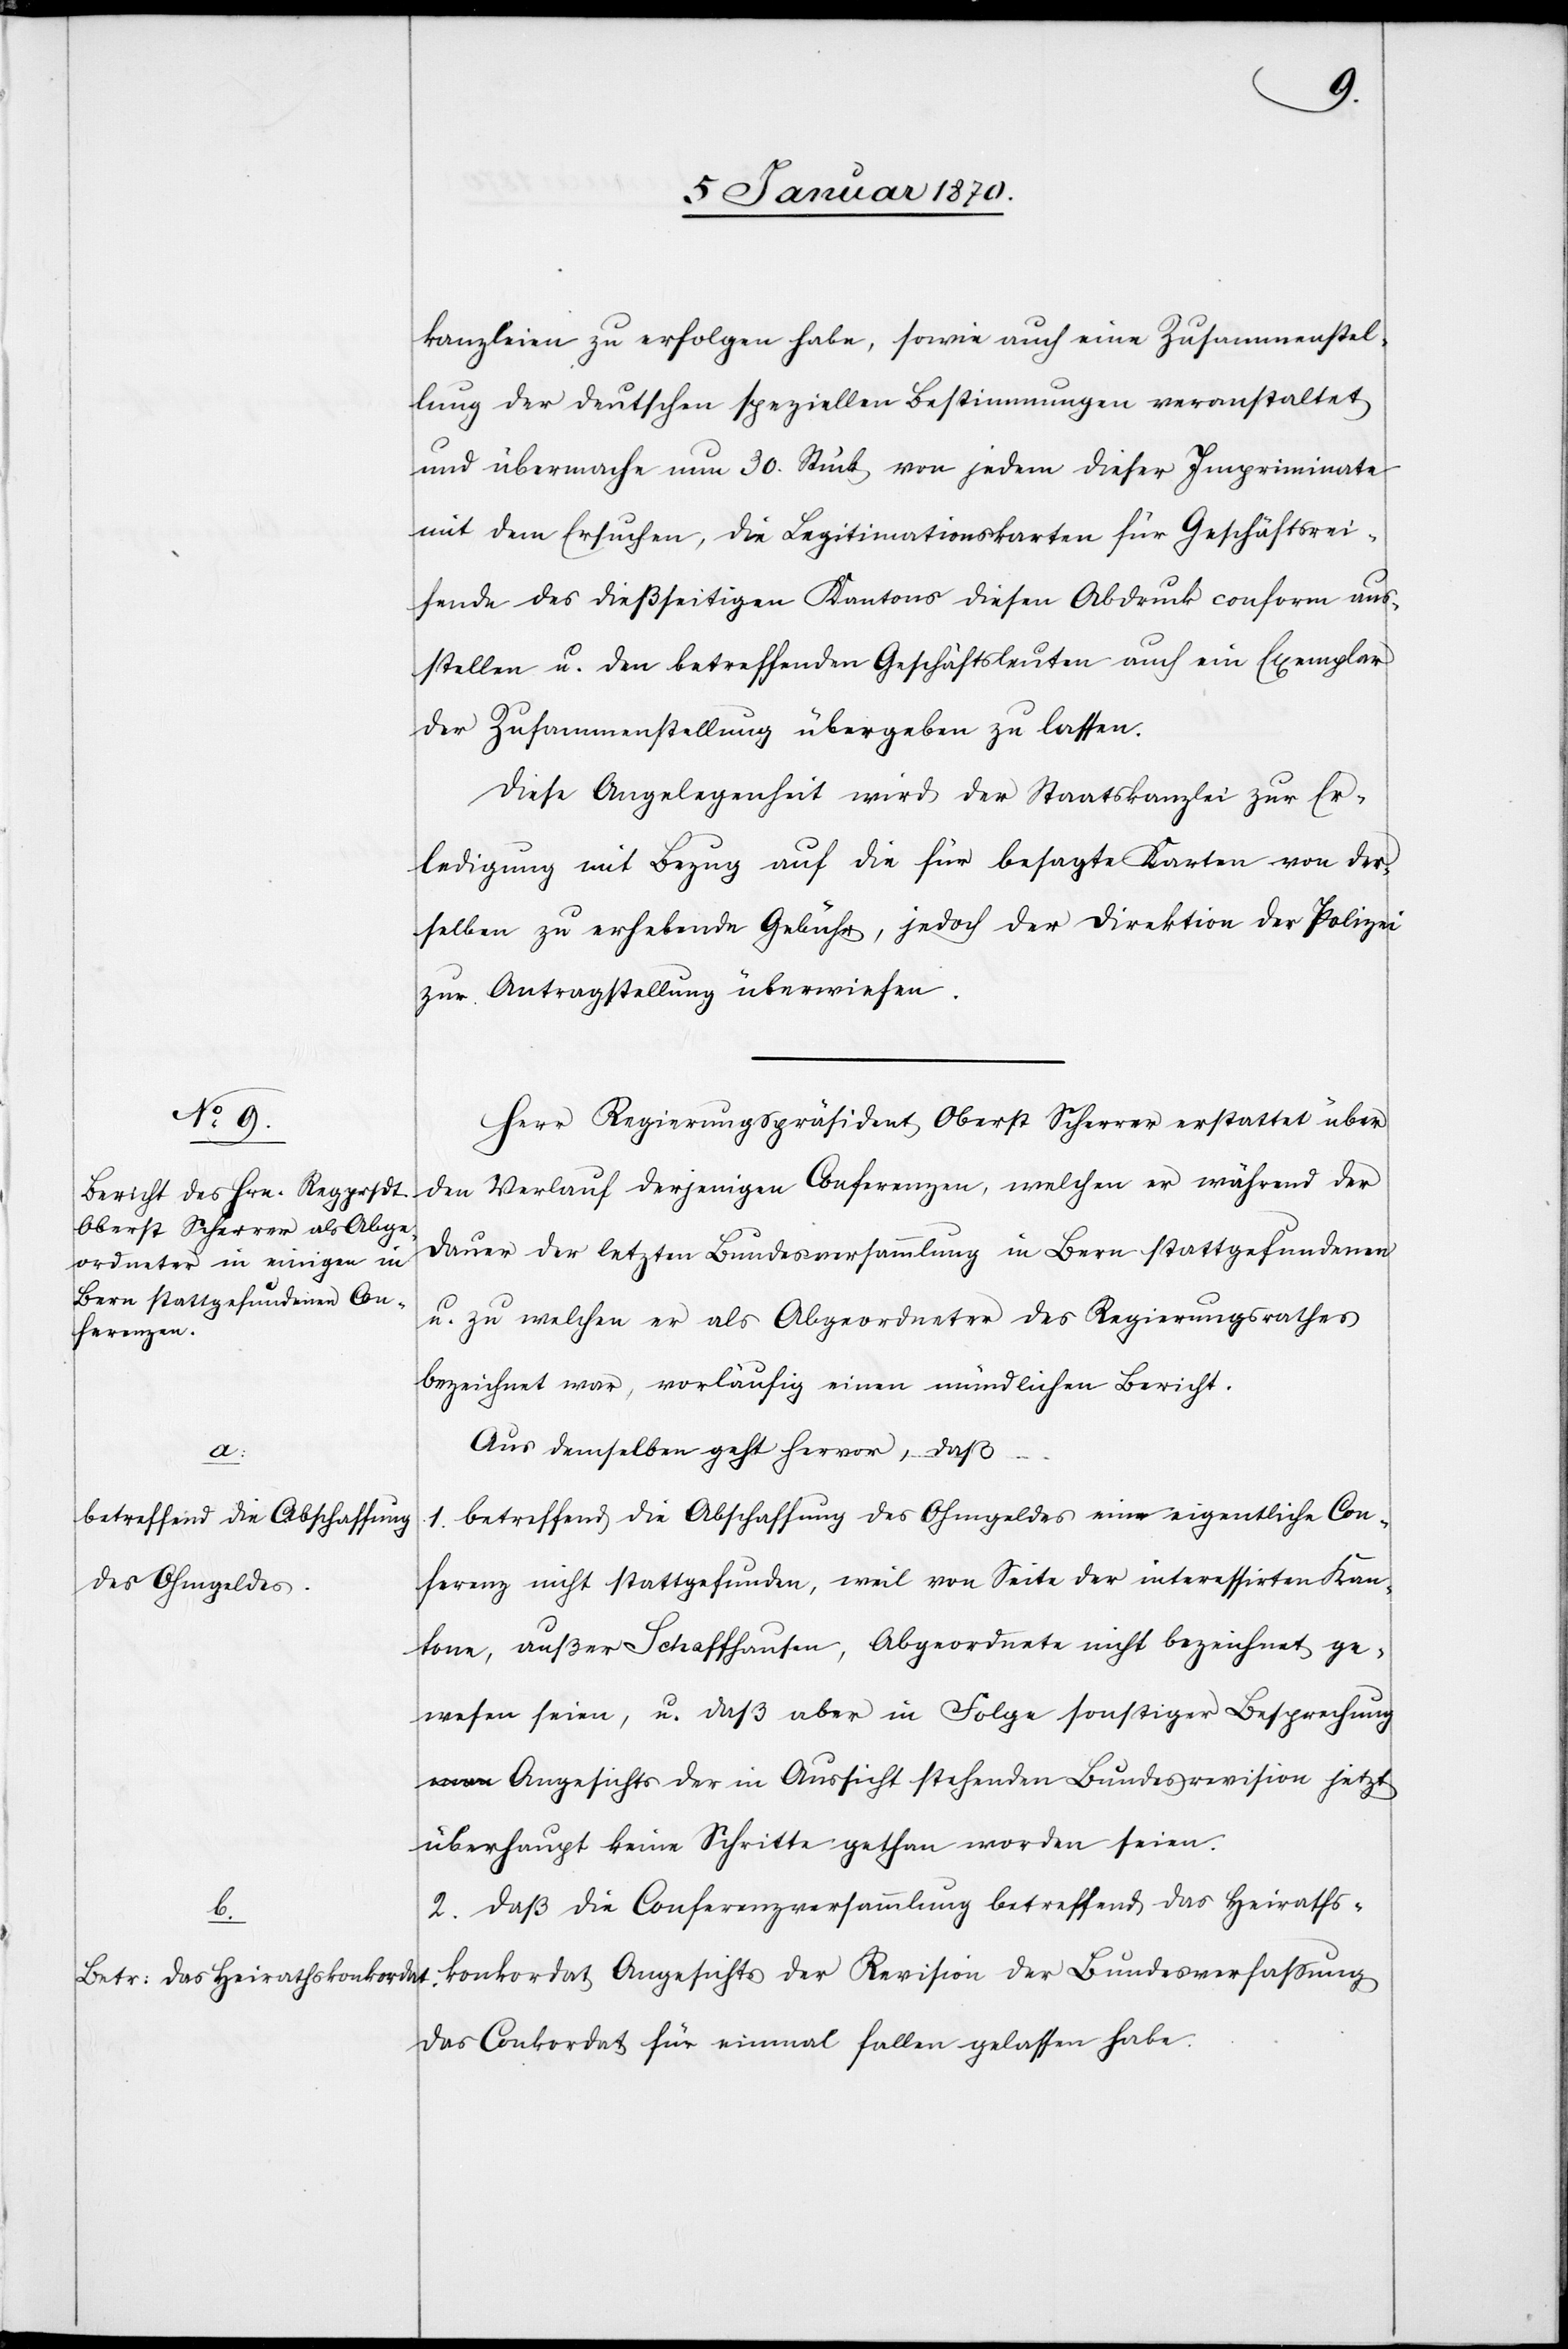
kanzleien zu erfolgen habe, sowie auch eine Zusammenstel¬
lung der deutschen speziellen Bestimmungen veranstaltet
und übermache nun 30. Stück von jedem dieser Impriminate
mit dem Ersuchen, die Legitimationskarten für Geschäftsrei¬
sende des dießseitigen Kantons diesen Abdruck conform aus¬
stellen u. den betreffenden Geschäftsleuten auf ein Exemplar
der Zusammenstellung übergeben zu lassen.
Diese Angelegenheit wird der Staatskanzlei zur Er¬
ledigung mit Bezug auf die für besagte Karten von der¬
selben zu erhebende Gebühr, jedoch der Direktion der Polizei
zur Antragstellung überwiesen.
Herr Regierungspräsident Oberst Scherrer erstattet über
den Verlauf derjenigen Conferenzen, welchen er während der
Dauer der letzten Bundesversammlung in Bern stattgefundenen
u. zu welchen er als Abgeordneter des Regierungsrathes
bezeichnet war, vorläufig einen mündlichen Bericht.
Aus demselben geht hervor, daß
RRB
1. betreffend die Abschaffung des Ohmgeldes eine eigentliche Con¬
ferenz nicht stattgefunden, weil von Seite der interessierten Kan¬
tone, außer Schaffhausen, Abgeordnete nicht bezeichnet ge¬
wesen seien, u. daß aber in Folge sonstiger Besprechung
Angesichts der in Aussicht stehenden Bundesrevision jetzt
überhaupt keine Schritte gethan worden seien.
2. daß die Conferenzversammlung betreffend das Heiraths¬
konkordat Angesichts der Revision der Bundesverfassung
das Conkordat für einmal fallen gelassen habe.